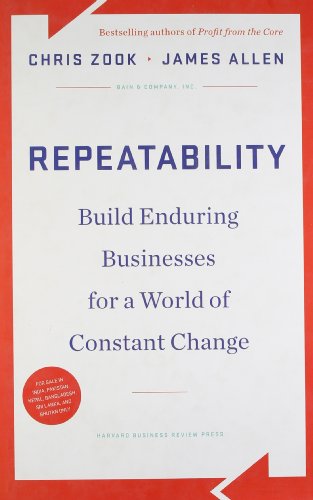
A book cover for Repeatability: Build Enduring Businesses for a World of Constant Change; Chris Zook; Business & Money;